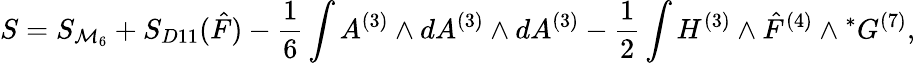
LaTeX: S=S_{{\cal M}_{6}}+S_{D11}({\hat{F}})-{\frac{1}{6}}\int A^{(3)}\wedge dA^{(3)}\wedge dA^{(3)}-{\frac{1}{2}}\int H^{(3)}\wedge{\hat{F}}^{(4)}\wedge{}^{*}G^{(7)},